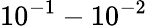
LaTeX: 10^{-1}-10^{-2}